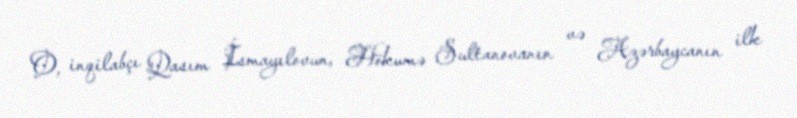
O, inqilabçı Qasım İsmayılovun, Hökumə Sultanovanın və Azərbaycanın ilk